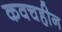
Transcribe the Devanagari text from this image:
कवचहीन